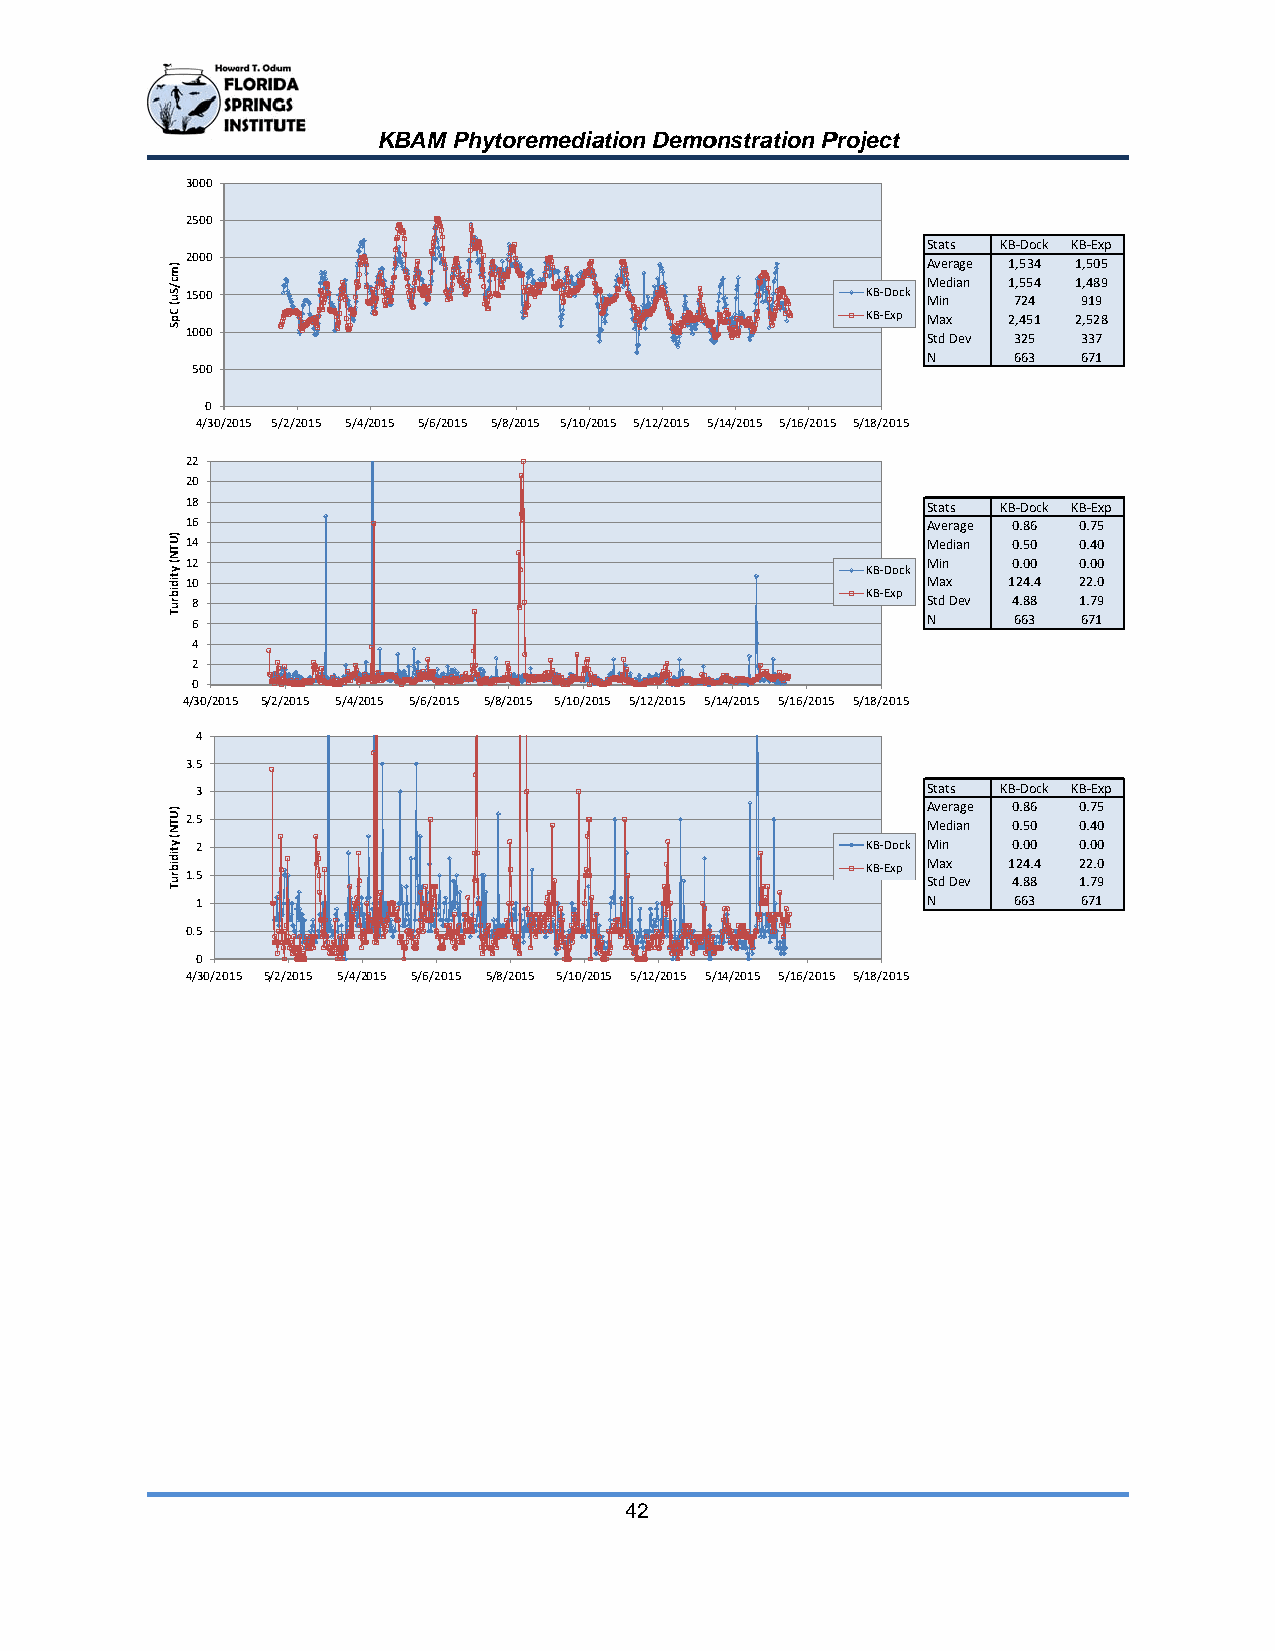
KBAM Phhytoremediaation Demoonstration PProject
 3000
 2500
 Statss KB‐Dock KB‐Exp
 2000                                             Averrage 1,534 1,505
 Median 1,554 1,489
 1500                                         KB‐Dock Min 724 919
 KB‐Exp Max 2,451 2,528
 1000                                             Std DDev 325 337
 N     663  671
 500
 0
 4/30/20015 5/2/2015 5/44/2015 5/6/2015 5/8/2015 5/10/22015 5/12/2015 5//14/2015 5/16/20155 5/18/2015
 22
 20
 18                                               Statss KB‐Dock KB‐Exp
 16                                               Averrage 0.86 0.75
 14                                               Median 0.50 0.40
 12                                               Min   0.00 0.00
 KB‐Dock
 10                                               Max   124.4 22.0
 KB‐Exp
 8                                               Std DDev 4.88 1.79
 6                                               N     663  671
 4
 2
 0
 4/30/2015 5/2/2015 5/4//2015 5/6/2015 5/8/2015 5/10/20015 5/12/2015 5//14/2015 5/16/20155 5/18/2015
 4
 3.5
 3                                               Statss KB‐Dock KB‐Exp
 Averrage 0.86 0.75
 2.5                                              Median 0.50 0.40
 2                                           KB‐Dock Min 0.00 0.00
 KB‐Exp Max 124.4 22.0
 1.5                                              Std DDev 4.88 1.79
 1                                               N     663  671
 0.5
 0
 4/30/20155 5/2/2015 5/4//2015 5/6/2015 5/8/2015 5/10/20015 5/12/2015 5//14/2015 5/16/20155 5/18/2015
 42
 )mc/Su(
 CpS
 )UTN(
 ytidibruT
 )UTN(
 ytidibruT